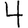
Digit: 4